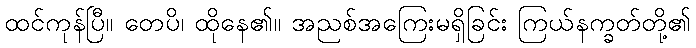
ထင်ကုန်ပြီ။ တေပိ၊ ထိုနေ၏။ အညစ်အကြေးမရှိခြင်း ကြယ်နက္ခတ်တို့၏